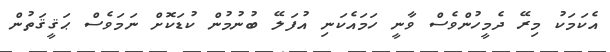
އެކަމަކު މިރޭ ދެމީހުންވެސް ވާނީ ހަމައެކަނި އުފަލޭ ބުނުމުން ކުޑަކޮށް ނަމަވެސް ޙަޤީޤަތުން